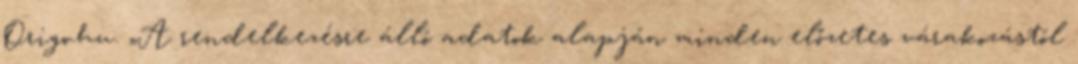
Origo.hu. „A rendelkezésre álló adatok alapján minden előzetes várakozástól